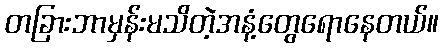
တခြားဘာမှန်းမသိတဲ့အနံ့တွေရောနေတယ်။